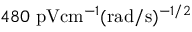
4 8 0 \ \mathrm { p V } \mathrm { c m } ^ { - 1 } ( \mathrm { r a d } / \mathrm { s } ) ^ { - 1 / 2 }